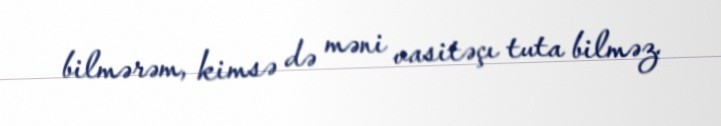
bilmərəm, kimsə də məni vasitəçı tuta bilməz.